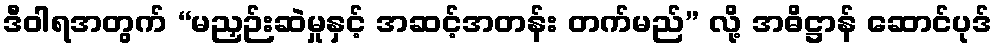
ဒီဝါရအတွက် “မညှဉ်းဆဲမှုနှင့် အဆင့်အတန်း တက်မည်” လို့ အဓိဋ္ဌာန် ဆောင်ပုဒ်